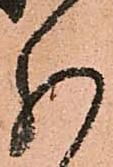
分